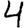
Digit: 4